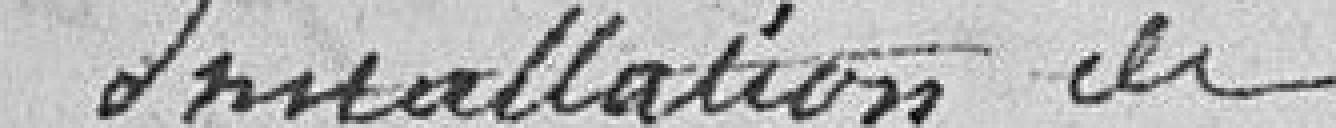
Installation de